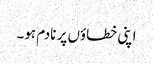
اپنی خطاؤں پر نادم ہو۔